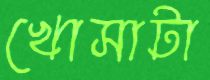
খোসাটা